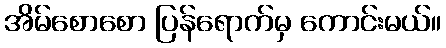
အိမ်စောစော ပြန်ရောက်မှ ကောင်းမယ်။